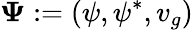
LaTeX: \mathbf{\Psi}:=(\psi,\psi^{*},v_{g})